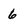
Character: 6